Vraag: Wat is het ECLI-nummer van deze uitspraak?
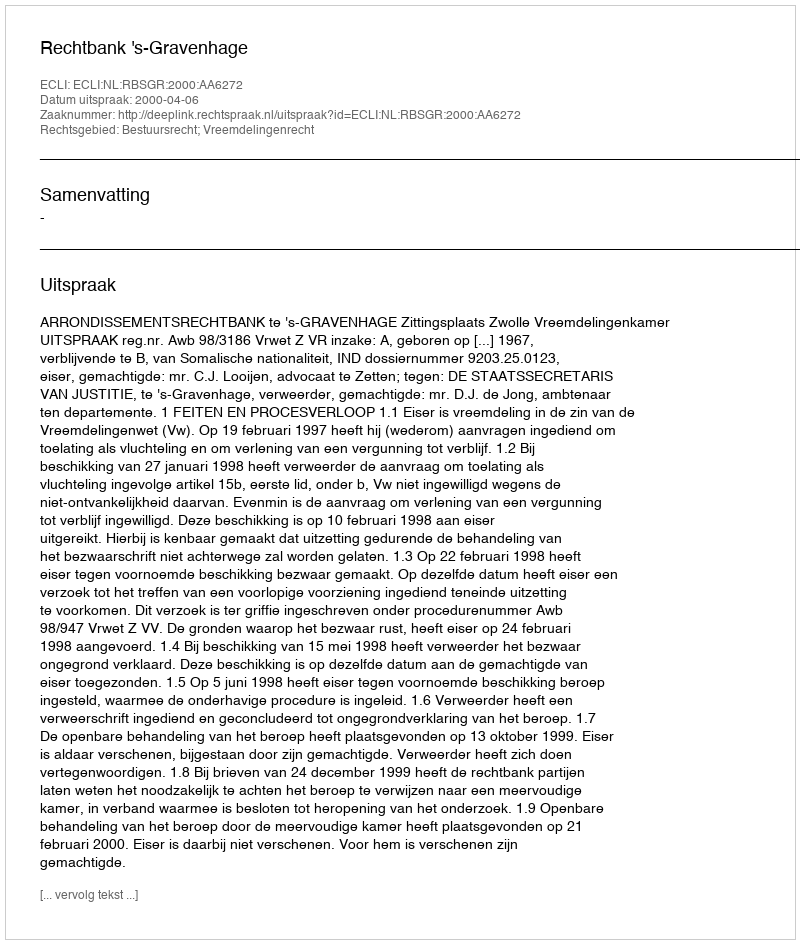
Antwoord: ECLI:NL:RBSGR:2000:AA6272